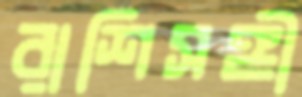
রাশিসঙ্গী